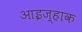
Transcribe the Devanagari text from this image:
आइज़्हाक